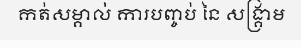
កត់សម្គាល់ ការបញ្ចប់ នៃ សង្គ្រាម